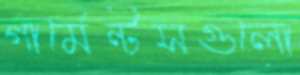
গার্মেন্টসগুলো